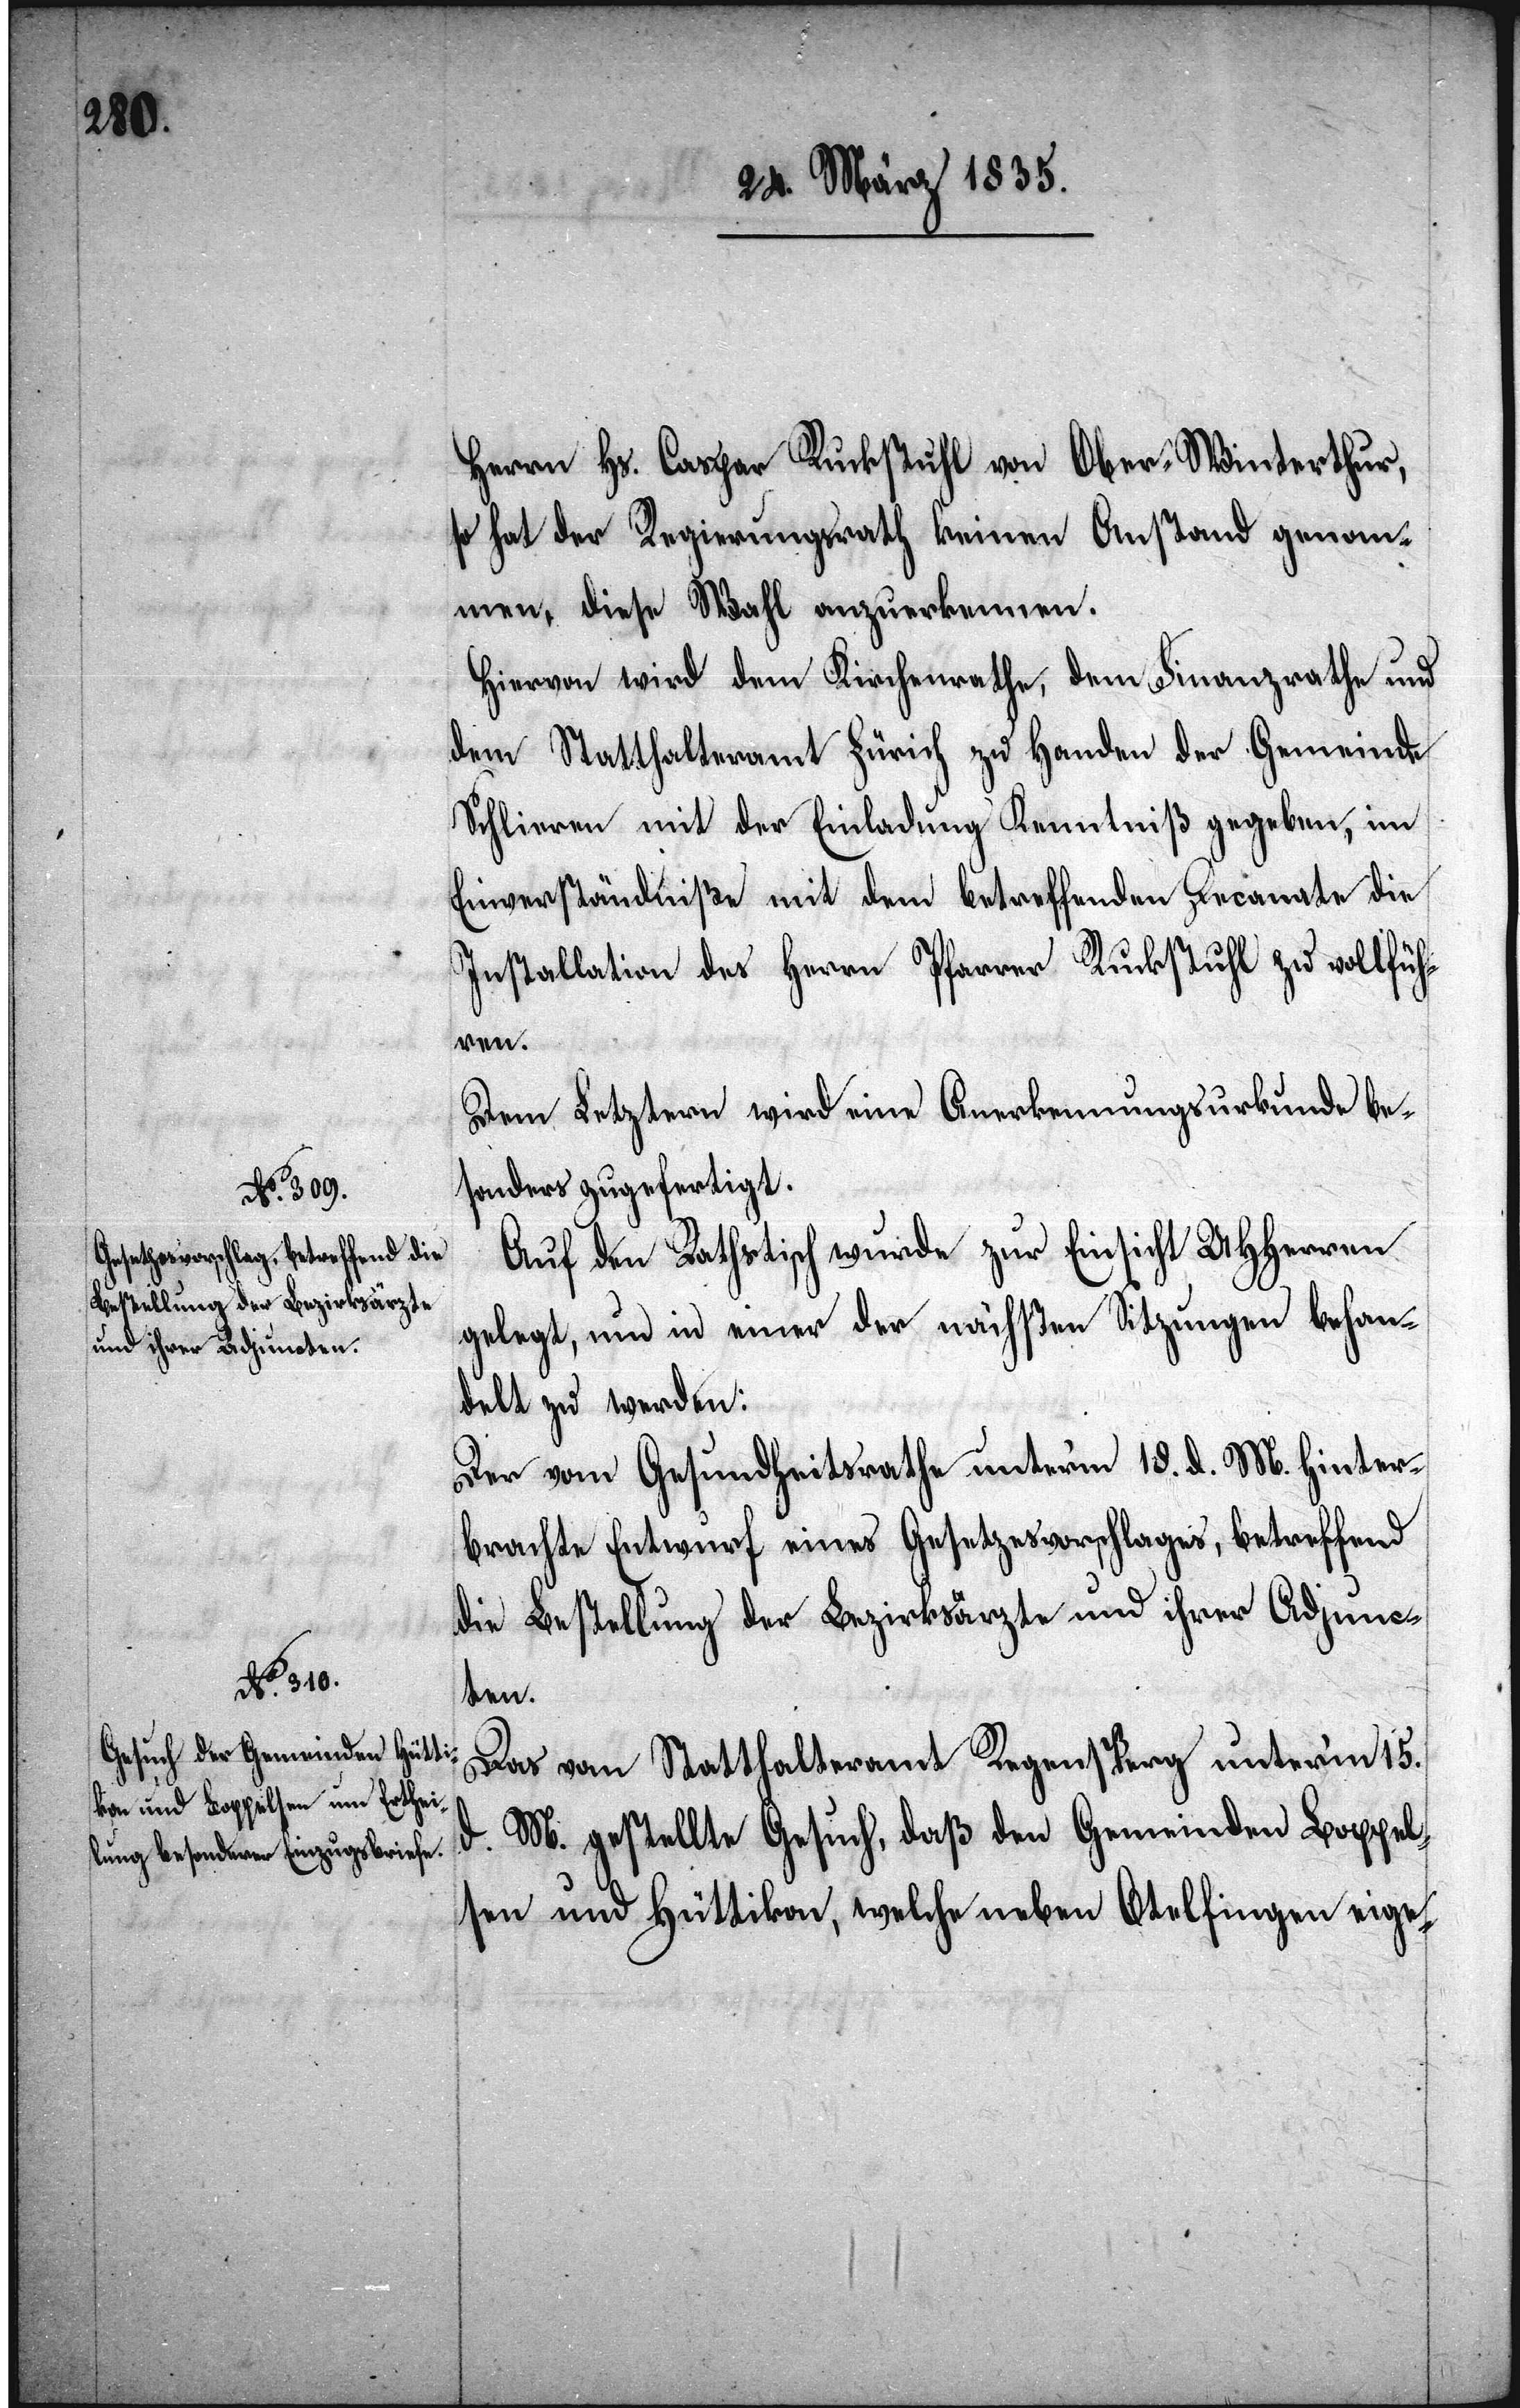
Herrn Hs. Caspar Ruckstuhl von Ober-Winterthur,
so hat der Regierungsrath keinen Anstand genom¬
men, diese Wahl anzuerkennen.
Hiervon wird dem Kirchenrathe, dem Finanzrathe und
dem Statthalteramt Zürich zu Handen der Gemeinde
Schlieren mit der Einladung Kenntniß gegeben, im
Einverständniße mit dem betreffenden Decanate die
Installation des Herrn Pfarrer Ruckstuhl zu vollfüh¬
ren.
Dem Letztern wird eine Anerkennungsurkunde bes¬
onders zugefertigt.
Auf den Rathstisch wurde zur Einsicht UHHerren
gelegt, um in einer der nächsten Sitzungen behan¬
delt zu werden:
Der vom Gesundheitsrathe unterm 18. d. M. hinter¬
brachte Entwurf eines Gesetzesvorschlages, betreffend
die Bestellung der Bezirksärzte und ihrer Adjunc¬
ten.
Das vom Statthalteramt Regensperg unterm 15.
d. M. gestellte Gesuch, daß den Gemeinden Boppel¬
sen und Hüttikon, welche neben Otelfingen eige-